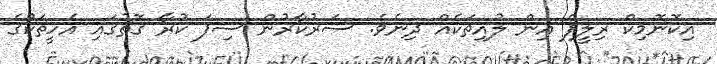
އިކޮނޮމިކް ރިލީފް އިން ލުއިތަކެއް ދިނެވެ. ސަރުކާރުން ސިފަ ކުރާ ގޮތުގައި އެހީތަކުގެ